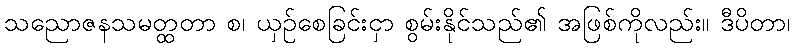
သညောဇနသမတ္ထတာ စ၊ ယှဉ်စေခြင်းငှာ စွမ်းနိုင်သည်၏ အဖြစ်ကိုလည်း။ ဒီပိတာ၊